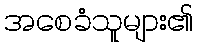
အစေခံသူများ၏